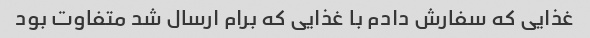
غذایی که سفارش دادم با غذایی که برام ارسال شد متفاوت بود